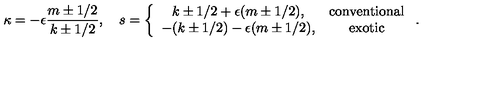
\kappa = - \epsilon \frac { m \pm 1 / 2 } { k \pm 1 / 2 } , \quad s = \left\{ \begin{array} { c c } { k \pm 1 / 2 + \epsilon ( m \pm 1 / 2 ) , } & { \mathrm { c o n v e n t i o n a l } } \\ { - ( k \pm 1 / 2 ) - \epsilon ( m \pm 1 / 2 ) , } & { \mathrm { e x o t i c } } \\ \end{array} \right. .